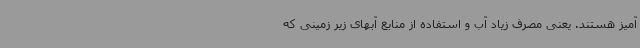
آمیز هستند. یعنی مصرف زیاد آب و استفاده از منابع آبهای زیر زمینی که